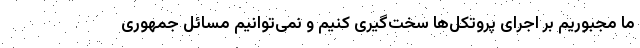
ما مجبوریم بر اجرای پروتکل‌ها سخت‌گیری کنیم و نمی‌توانیم مسائل جمهوری